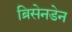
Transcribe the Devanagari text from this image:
ब्रिसेनडेन